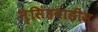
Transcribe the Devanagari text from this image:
नृसिंहवाडीस